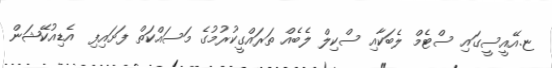
ޏ.އޭއީސީގައި ސްޓެމް ލެބަކާއި ސްކިލް ލެބެއް ތަރައްގީކުރުމުގެ މަސައްކަތް ފަށައިފި  އެޑިއުކޭޝަން